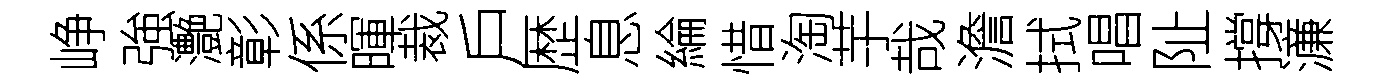
峥強灔彰係暉裁戶歴息綸惜淘芋哉澹拭唱阯撐濓